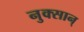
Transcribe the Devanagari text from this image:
नुक्सान्